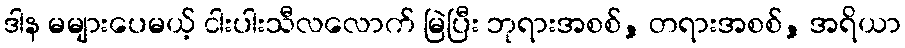
ဒါန မများပေမယ့် ငါးပါးသီလလောက် မြဲပြီး ဘုရားအစစ်, တရားအစစ်, အရိယာ